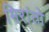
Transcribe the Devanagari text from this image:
मिरांतो